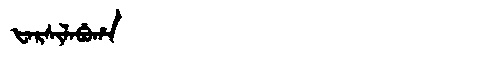
Manchu: ᡶᠠᡵᠰᡳᠯᠠᠪᡠᡥᠠ
Romanization: FARSILABUHA